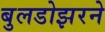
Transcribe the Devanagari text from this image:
बुलडोझरने